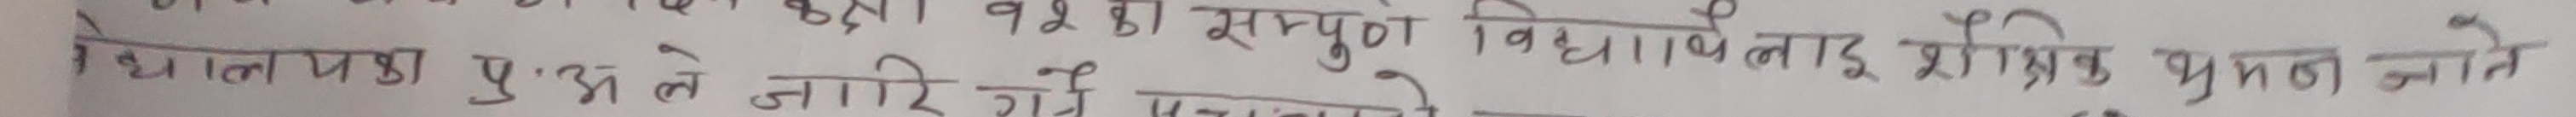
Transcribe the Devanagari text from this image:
१0८ ९२३ का सम्पूर्ण विश्वलाई शैक्षिक भवन जाने
प्रशंसा पु.अ.ले जारि गैर मन्जुरी